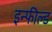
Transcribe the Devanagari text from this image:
इन्फील्ड